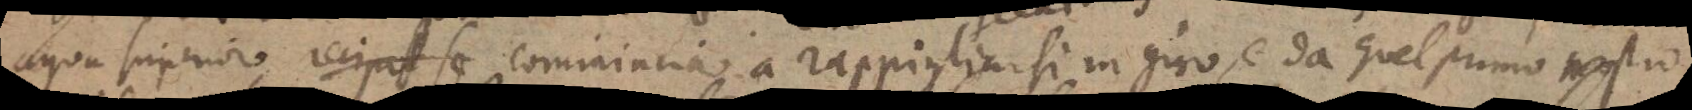
aqua superior recipit se commincia a rappigliarsi in giro, e da quel primo nastro